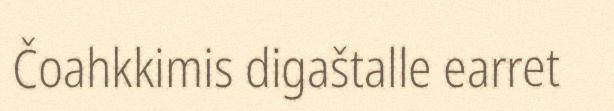
Čoahkkimis digaštalle earret